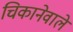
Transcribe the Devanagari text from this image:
चिकानेवाले